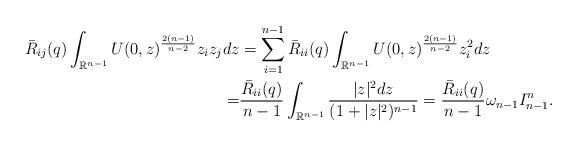
LaTeX: \begin{align*}\bar{R}_{ij}(q)\int_{\mathbb{R}^{n-1}}U(0,z)^{\frac{2(n-1)}{n-2}}z_{i}z_{j}dz & =\sum_{i=1}^{n-1}\bar{R}_{ii}(q)\int_{\mathbb{R}^{n-1}}U(0,z)^{\frac{2(n-1)}{n-2}}z_{i}^{2}dz\\= & \frac{\bar{R}_{ii}(q)}{n-1}\int_{\mathbb{R}^{n-1}}\frac{|z|^{2}dz}{(1+|z|^{2})^{n-1}}=\frac{\bar{R}_{ii}(q)}{n-1}\omega_{n-1}I_{n-1}^{n}.\end{align*}